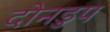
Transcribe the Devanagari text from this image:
दोनडुप